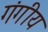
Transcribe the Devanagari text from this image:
गंगीय